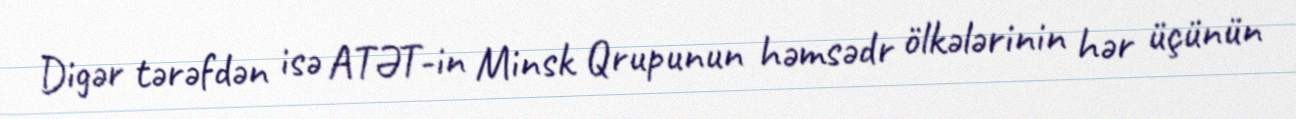
Digər tərəfdən isə ATƏT-in Minsk Qrupunun həmsədr ölkələrinin hər üçünün